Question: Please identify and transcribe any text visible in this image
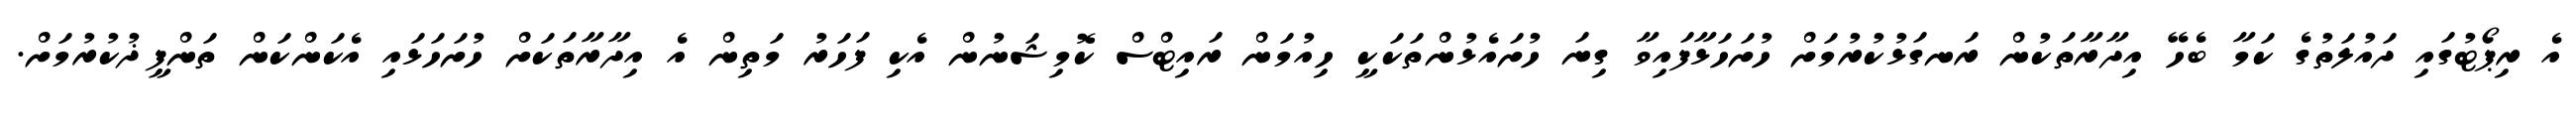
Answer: އެ ރިޕޯޓުގައި ދައުލަތުގެ ކަމާ ބެހޭ އިދާރާތަކުން ރަނގަޅުކުރުމަށް ހުށަހަޅާފައިވާ ގިނަ ހުށައެޅުންތަކަކީ ހިއުމަން ރައިޓްސް ކޮމިޝަނުން އެކި ފަހަރު މަތިން އެ އިދާރާތަކަށް ހުށަހަޅައި އެކަންކަން ތަންފީޛުކުރުމަށް.